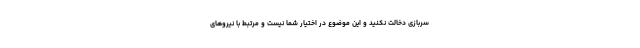
سربازی دخالت نکنید و این موضوع در اختیار شما نیست و مرتبط با نیروهای